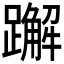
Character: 𬧕